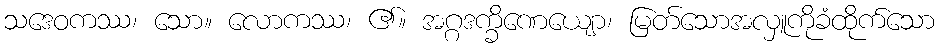
သဒေဝကဿ၊ သော။ လောကဿ၊ ၏။ အဂ္ဂဒက္ခိဏေယျော၊ မြတ်သောအလှူကိုခံထိုက်သော